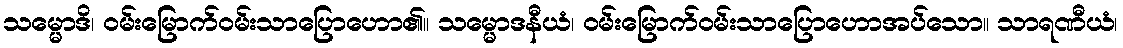
သမ္မောဒိ၊ ဝမ်းမြောက်ဝမ်းသာပြောဟော၏။ သမ္မောဒနီယံ၊ ဝမ်းမြောက်ဝမ်းသာပြောဟောအပ်သော။ သာရဏီယံ၊